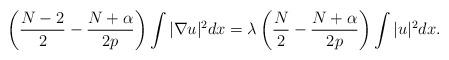
LaTeX: \begin{align*}\left(\frac{N-2}{2}-\frac{N+\alpha}{2p}\right)\int|\nabla u|^2dx=\lambda\left(\frac{N}{2}-\frac{N+\alpha}{2p}\right)\int|u|^2dx.\end{align*}